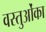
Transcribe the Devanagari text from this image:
वस्तुओंका